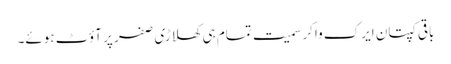
باقی کپتان ایرک واکر سمیت تمام ہی کھلاڑی صفر پر آؤٹ ہوئے۔